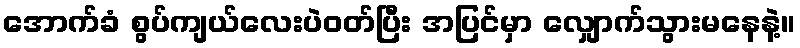
အောက်ခံ စွပ်ကျယ်လေးပဲဝတ်ပြီး အပြင်မှာ လျှောက်သွားမနေနဲ့။